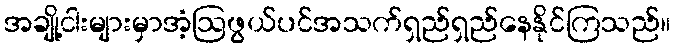
အချို့ငါးများမှာအံ့ဩဖွယ်ပင်အသက်ရှည်ရှည်နေနိုင်ကြသည်။